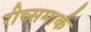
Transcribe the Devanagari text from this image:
रीच्समार्क